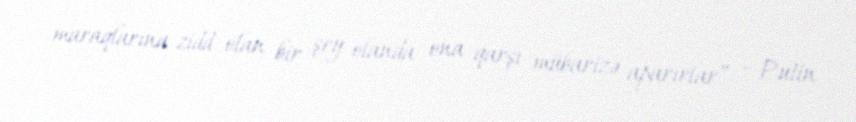
maraqlarına zidd olan bir şey olanda ona qarşı mübarizə aparırlar” – Putin